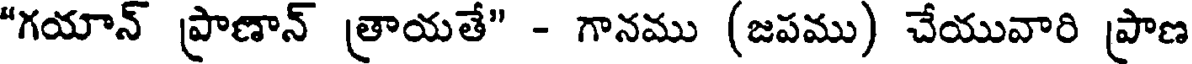
"గయాన్ ప్రాణాన్ త్రాయతే" - గానము (జపము) చేయువారి ప్రాణ